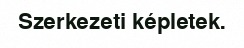
Szerkezeti képletek.